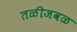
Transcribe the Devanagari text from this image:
तळीजवळ